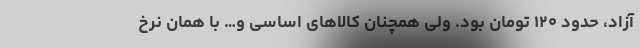
آزاد، حدود ۱۲۰ تومان بود. ولی همچنان کالا‌های اساسی و… با همان نرخ